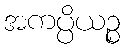
အကပ္ပိယဉ္စ